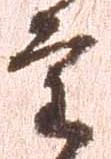
重